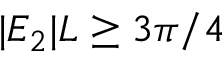
| E _ { 2 } | L \ge 3 \pi / 4